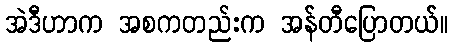
အဲဒီဟာက အစကတည်းက အန်တီပြောတယ်။